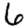
Digit: 6